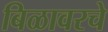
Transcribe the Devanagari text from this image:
बिळावरचे